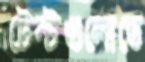
টেন্টগুলোতে